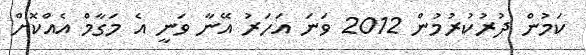
ކަމުން ދުރުކުރުމުން 2012 ވަނަ އަހަރު އޭނާ ވަނީ އެ މަގާމް އެއްކޮށް